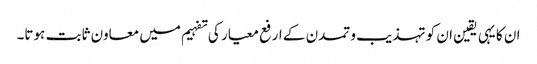
ان کا یہی یقین ان کو تہذیب و تمدن کے ارفع معیار کی تفہیم میں معاون ثابت ہوتا۔